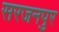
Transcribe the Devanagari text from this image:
सरजनपुर